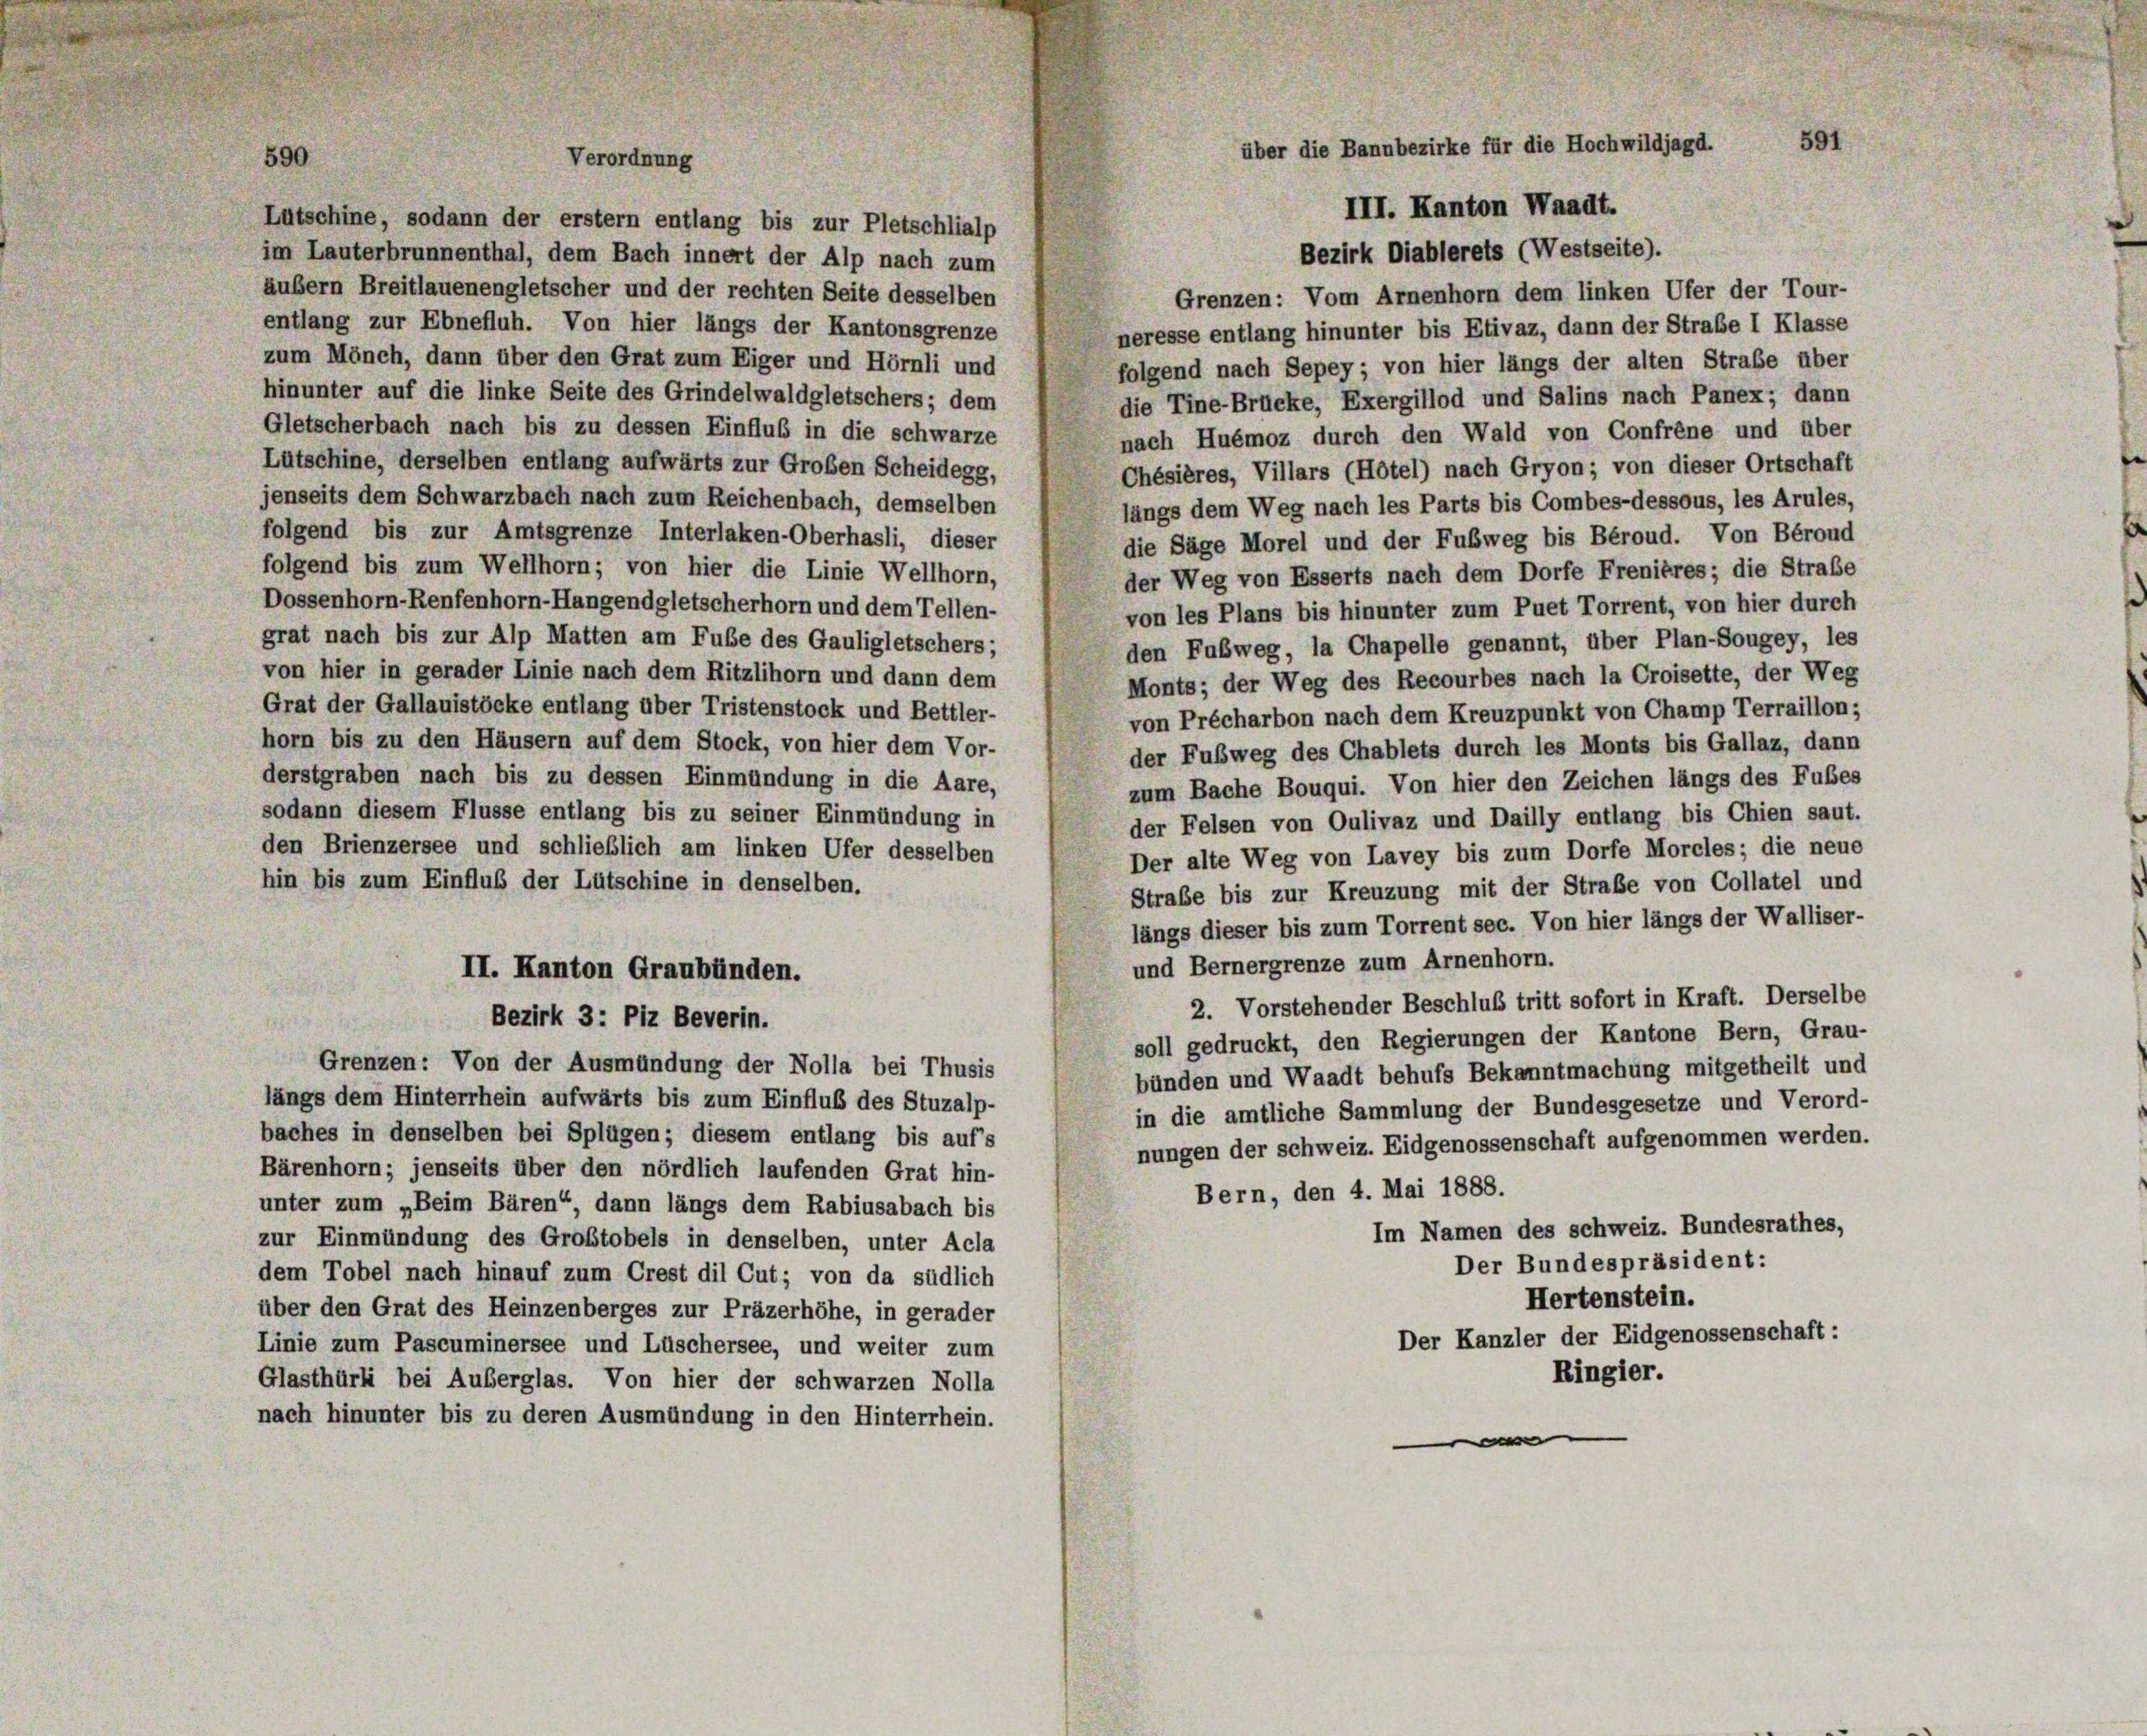
590

Lütschine, sodann der erstem entlang bis zur Pletschlialp
Bezirk Diablerets (Westseite).
im Lauterbrunnenthal, dem Bach innert der Alp nach zum
äußern Breitlauenengletscher und der rechten Seite desselben
Grenzen: Vom Arnenhorn dem linken Ufer der Tour-
entlang zur Ebnefluh. Von hier längs der Kantonsgrenze
neresse entlang hinunter bis Etivaz, dann der Straße I Klasse
zum Mönch, dann über den Grat zum Eiger und Hörnli und
folgend nach Sepey; von hier längs der alten Straße über
hinunter auf die linke Seite des Grindelwaldgletschers; dem
die Tine-Brücke, Exergillod und Salins nach Panex; dann
Gletscherbach nach bis zu dessen Einfluß in die schwarze
nach Huémoz durch den Wald von Confrène und über
Lütschine, derselben entlang aufwärts zur Großen Scheidegg,
Chésières, Villars (Hôtel) nach Gryon; von dieser Ortschaft
jenseits dem Schwarzbach nach zum Reichenbach, demselben
längs dem Weg nach les Parts bis Combes-dessous, les Arules,
folgend bis zur Amtsgrenze Interlaken-Oberhasli, dieser
die Säge Morel und der Fußweg bis Béroud. Von Bérond
folgend bis zum Wellhorn; von hier die Linie Wellhorn,
der Weg von Esserts nach dem Dorfe Frenières; die Strabe
Dossenhorn-Renfenhorn-Hangendgletscherhorn und dem Tellen-
von les Plans bis hinunter zum Puet Torrent, von hier durch
grat nach bis zur Alp Matten am Fube des Gauligletschers;
den Fußweg, la Chapelle genannt, über Plan-Sougey, les
von hier in gerader Linie nach dem Ritzlihorn und dann dem
Monts; der Weg des Recourbes nach la Croisette, der Weg
Grat der Gallauistöcke entlang über Tristenstock und Bettler-
von Précharbon nach dem Kreuzpunkt von Champ Terraillon;
horn bis zu den Häusern auf dem Stock, von hier dem Vor-
der Fußweg des Chablets durch les Monts bis Gallaz, dann
derstgraben nach bis zu dessen Einmündung in die Aare,
zum Bache Bouqui. Von hier den Zeichen längs des Fußes
sodann diesem Flusse entlang bis zu seiner Einmündung in
der Felsen von Oulivaz und Dailly entlang bis Chien saut.
den Brienzersee und schließlich am linken Ufer desselben
Der alte Weg von Lavey bis zum Dorfe Morcles; die neue
hin bis zum Einfluß der Lütschine in denselben.
Straße bis zur Kreuzung mit der Straße von Collatel und
längs dieser bis zum Torrent sec. Von hier längs der Walliser-
und Bernergrenze zum Arnenhorn.
II. Kanton Graubünden.
2. Vorstehender Beschluß tritt sofort in Kraft. Derselbe
Bezirk 3: Piz Beverin.
soll gedruckt, den Regierungen der Kantone Bern, Grau-
Grenzen: Von der Ausmündung der Nolla bei Thusis
bünden und Waadt behufs Bekanntmachung mitgetheilt und
längs dem Hinterrhein aufwärts bis zum Einfluß des Stuzalp-
in die amtliche Sammlung der Bundesgesetze und Verord-
baches in denselben bei Splügen; diesem entlang bis aufs
nungen der schweiz. Eidgenossenschaft aufgenommen werden.
Bärenhorn; jenseits über den nördlich laufenden Grat hin-
Bern, den 4. Mai 1888.
unter zum „Beim Bären“, dann längs dem Rabiusabach bis
Im Namen des schweiz. Bundesrathes,
zur Einmündung des Grobtobels in denselben, unter Acla
Der Bundespräsident:
dem Tobel nach hinauf zum Crest dil Cut; von da südlich
Hertenstein.
über den Grat des Heinzenberges zur Präzerhöhe, in gerader
Der Kanzler der Eidgenossenschaft:
Linie zum Pascuminersee und Lüschersee, und weiter zum
Ringier.
Glasthürli bei Auberglas. Von hier der schwarzen Nolla
nach hinunter bis zu deren Ausmündung in den Hinterrhein.
e

Verordnung

591
über die Bannbezirke für die Hochwildjagd.
III. Kanton Waadt.